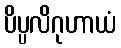
ပိပ္ပလိဂုဟာယံ